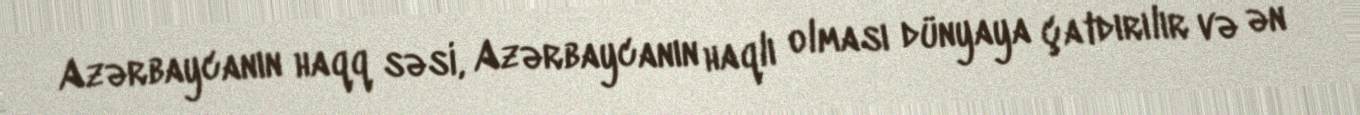
Azərbaycanın haqq səsi, Azərbaycanın haqlı olması dünyaya çatdırılır və ən